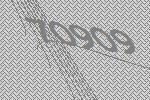
70909